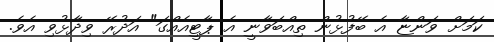
ކަމަށް ވަންޏާ އެ ބޭފުޅުން ތިއްބަވާނީ އެ ޕާޓީއެއްގަ" އަދުރޭ ވިދާޅުވި އެވެ.